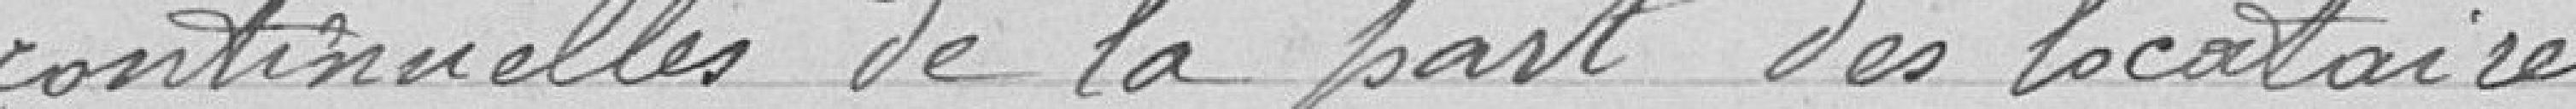
continuelles de la part des locataires.